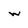
Character: w